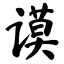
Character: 谟